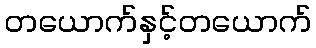
တယောက်နှင့်တယောက်